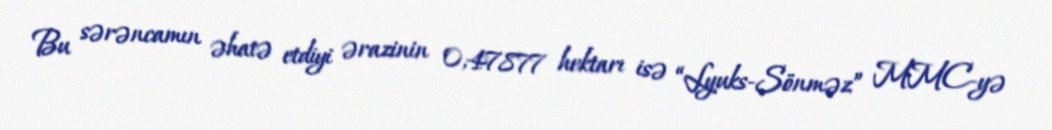
Bu sərəncamın əhatə etdiyi ərazinin 0,47877 hektarı isə “Lyuks-Sönməz” MMC-yə